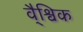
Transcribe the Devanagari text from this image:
वै्श्विक